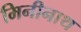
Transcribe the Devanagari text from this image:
मिनीनाथ